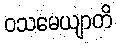
ဝသမေယျာတိ